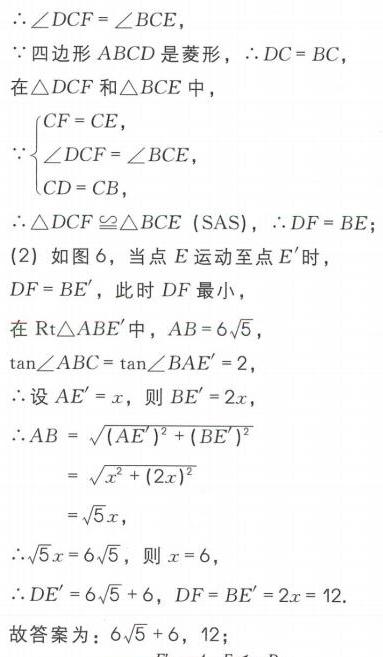
$\therefore\angle DCF=\angle BCE,$
$\because$四边形$ABCD$是菱形，$\therefore DC = BC$，
在$\triangle DCF$和$\triangle BCE$中，
$\because\begin{cases}CF = CE,\\\angle DCF=\angle BCE,\\CD = CB,\end{cases}$
$\therefore\triangle DCF\cong\triangle BCE\left(\text{SAS}\right),\therefore DF = BE.$
(2) 如图6，当点$E$运动至点$E'$时，
$DF = BE'$，此时$DF$最小，
在$\text{Rt}\triangle ABE'$中，$AB = 6\sqrt{5}$，
$\tan\angle ABC=\tan\angle BAE' = 2$，
$\therefore$设$AE' = x$，则$BE' = 2x$，
$\therefore AB=\sqrt{(AE')^{2}+(BE')^{2}}$
$=\sqrt{x^{2}+(2x)^{2}}$
$=\sqrt{5}x$，
$\therefore\sqrt{5}x = 6\sqrt{5}$，则$x = 6$，
$\therefore DE' = 6\sqrt{5}+6$，$DF = BE' = 2x = 12$.
故答案为：$6\sqrt{5}+6$，$12$；